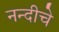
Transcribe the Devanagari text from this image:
नन्दीचे